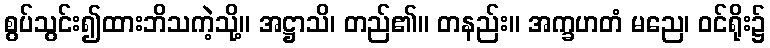
စွပ်သွင်း၍ထားဘိသကဲ့သို့။ အဋ္ဌာသိ၊ တည်၏။ တနည်း။ အက္ခဟတံ မညေ၊ ဝင်ရိုး၌